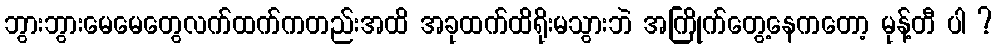
ဘွားဘွားမေမေတွေလက်ထက်ကတည်းအထိ အခုထက်ထိရိုးမသွားဘဲ အကြိုက်တွေ့နေကတော့ မုန့်တီ ပါ ?